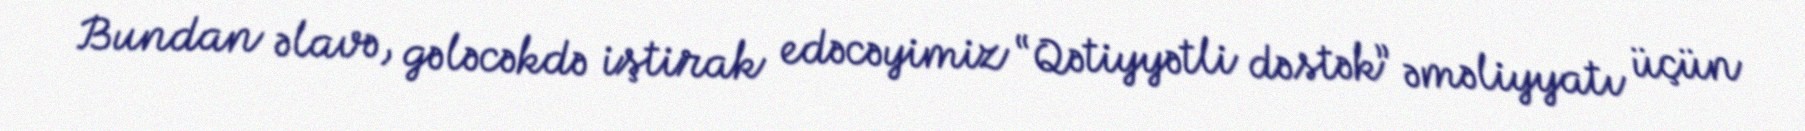
Bundan əlavə, gələcəkdə iştirak edəcəyimiz “Qətiyyətli dəstək” əməliyyatı üçün